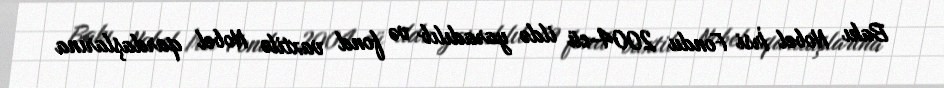
Bakı Nobel İrsi Fondu 2004-cü ildə yaradılıb və fond vaxtilə Nobel qardaşlarına